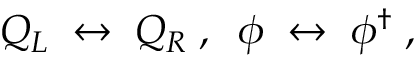
Q _ { L } \; \leftrightarrow \; Q _ { R } \; , \; \; \phi \; \leftrightarrow \; \phi ^ { \dagger } \; ,